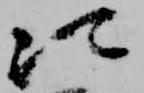
次